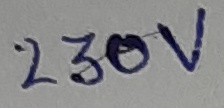
Text: 230V